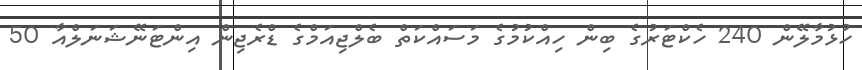
ހުޅުމާލޭން 240 ހެކްޓަރުގެ ބިން ހިއްކުމުގެ މަސައްކަތް ބެލްޖިއަމްގެ ޑްރެޖިން އިންޓަނޭޝަނަލްއާ 50